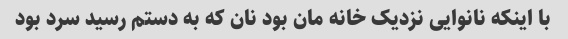
با اینکه نانوایی نزدیک خانه مان بود نان که به دستم رسید سرد بود